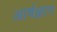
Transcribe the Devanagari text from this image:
आर्षज्ञान